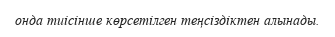
онда тиісінше көрсетілген теңсіздіктен алынады.